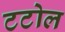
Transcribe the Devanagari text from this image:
टटोल